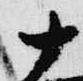
十